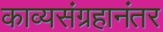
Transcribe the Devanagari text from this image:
काव्यसंग्रहानंतर